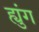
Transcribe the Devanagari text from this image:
ह्युंग